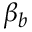
\beta _ { b }